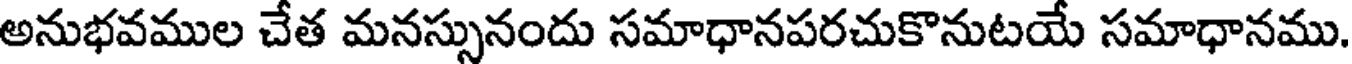
అనుభవముల చేత మనస్సునందు సమాధానపరచుకొనుటయే సమాధానము